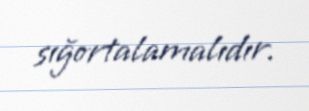
sığortalamalıdır.